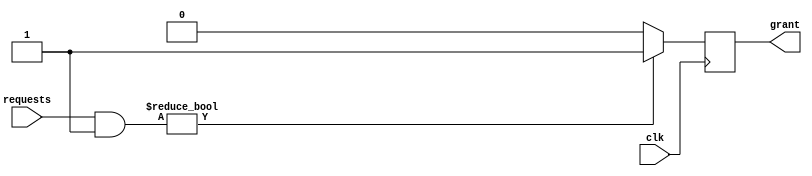
module priority_arbiter (
    input wire [7:0] requests,
    output reg grant,
    input wire clk
);

reg [7:0] priority_scheme = 8'b01111000; // Define priority scheme

always @ (posedge clk) begin
    // Check requests and grant access based on priority scheme
    if (requests & priority_scheme != 8'b00000000) begin
        grant <= 1;
    end
    else begin
        grant <= 0;
    end
end

endmodule